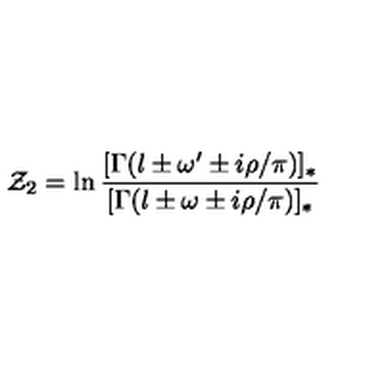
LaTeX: { \cal Z } _ { 2 } = \ln \frac { [ \Gamma ( l \pm \omega ^ { \prime } \pm i \rho / \pi ) ] _ { * } } { [ \Gamma ( l \pm \omega \pm i \rho / \pi ) ] _ { * } }